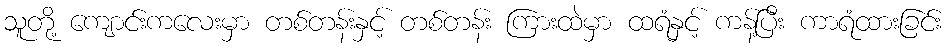
သူတို့ ကျောင်းကလေးမှာ တစ်တန်းနှင့် တစ်တန်း ကြားထဲမှာ ထရံနှင့် ကန့်ပြီး ကာရံထားခြင်း